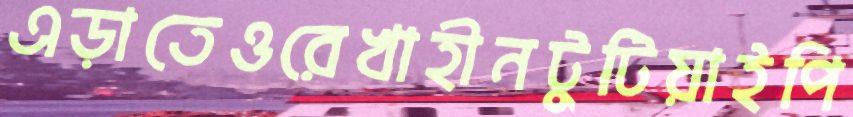
এড়াতেওরেখাহীনটুটিয়াইপি